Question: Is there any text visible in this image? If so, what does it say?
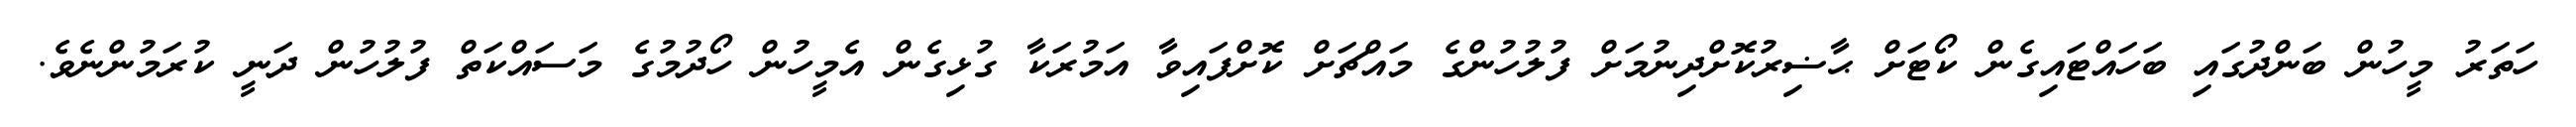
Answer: ހަތަރު މީހުން ބަންދުގައި ބަހައްޓައިގެން ކޯޓަށް ޙާޟިރުކޮށްދިނުމަށް ފުލުހުންގެ މައްޗަށް ކޮށްފައިވާ އަމުރަކާ ގުޅިގެން އެމީހުން ހޯދުމުގެ މަސައްކަތް ފުލުހުން ދަނީ ކުރަމުންނެވެ.